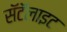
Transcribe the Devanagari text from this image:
सॅटॅलाइट